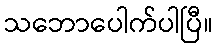
သဘောပေါက်ပါပြီ။